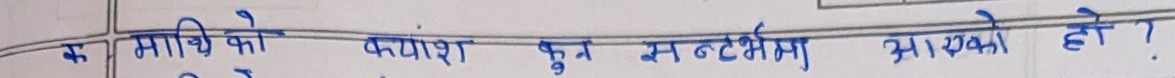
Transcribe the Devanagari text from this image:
क माथिको फ्याश फु न टर्भमा आएको हो ?